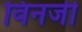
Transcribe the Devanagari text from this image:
विनजी